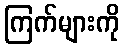
ကြက်များကို